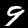
Digit: 9